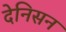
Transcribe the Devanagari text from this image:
देनिसन